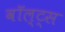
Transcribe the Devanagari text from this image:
वॉल्ट्स